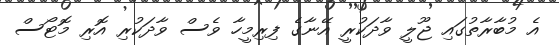
އެ މުބާރާތުގައި ޖޫލީ ވާދަކުރީ އޭނާގެ ފިރިމީހާ ވެސް ވާދަކުރި އޮރި މޮޓޯސް